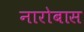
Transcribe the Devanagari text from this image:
नारोबास